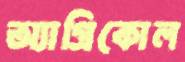
অ্যাগ্রিকোল